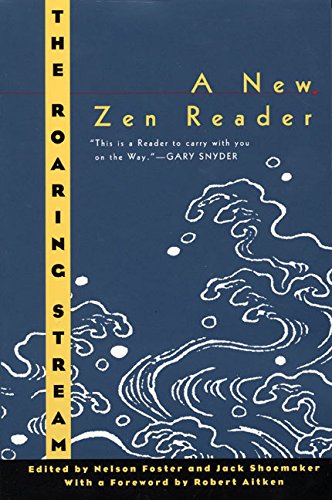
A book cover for The Roaring Stream: A New Zen Reader (Ecco Companions); Nelson Foster; Religion & Spirituality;